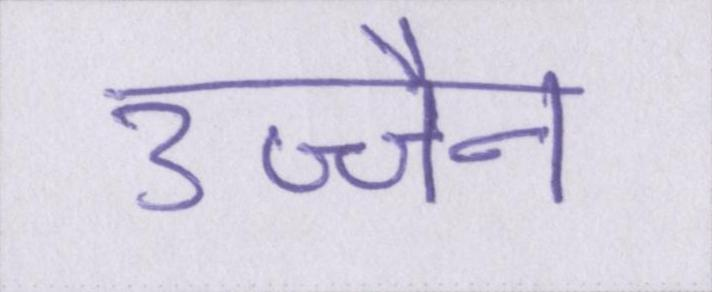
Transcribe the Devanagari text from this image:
उज्जैन